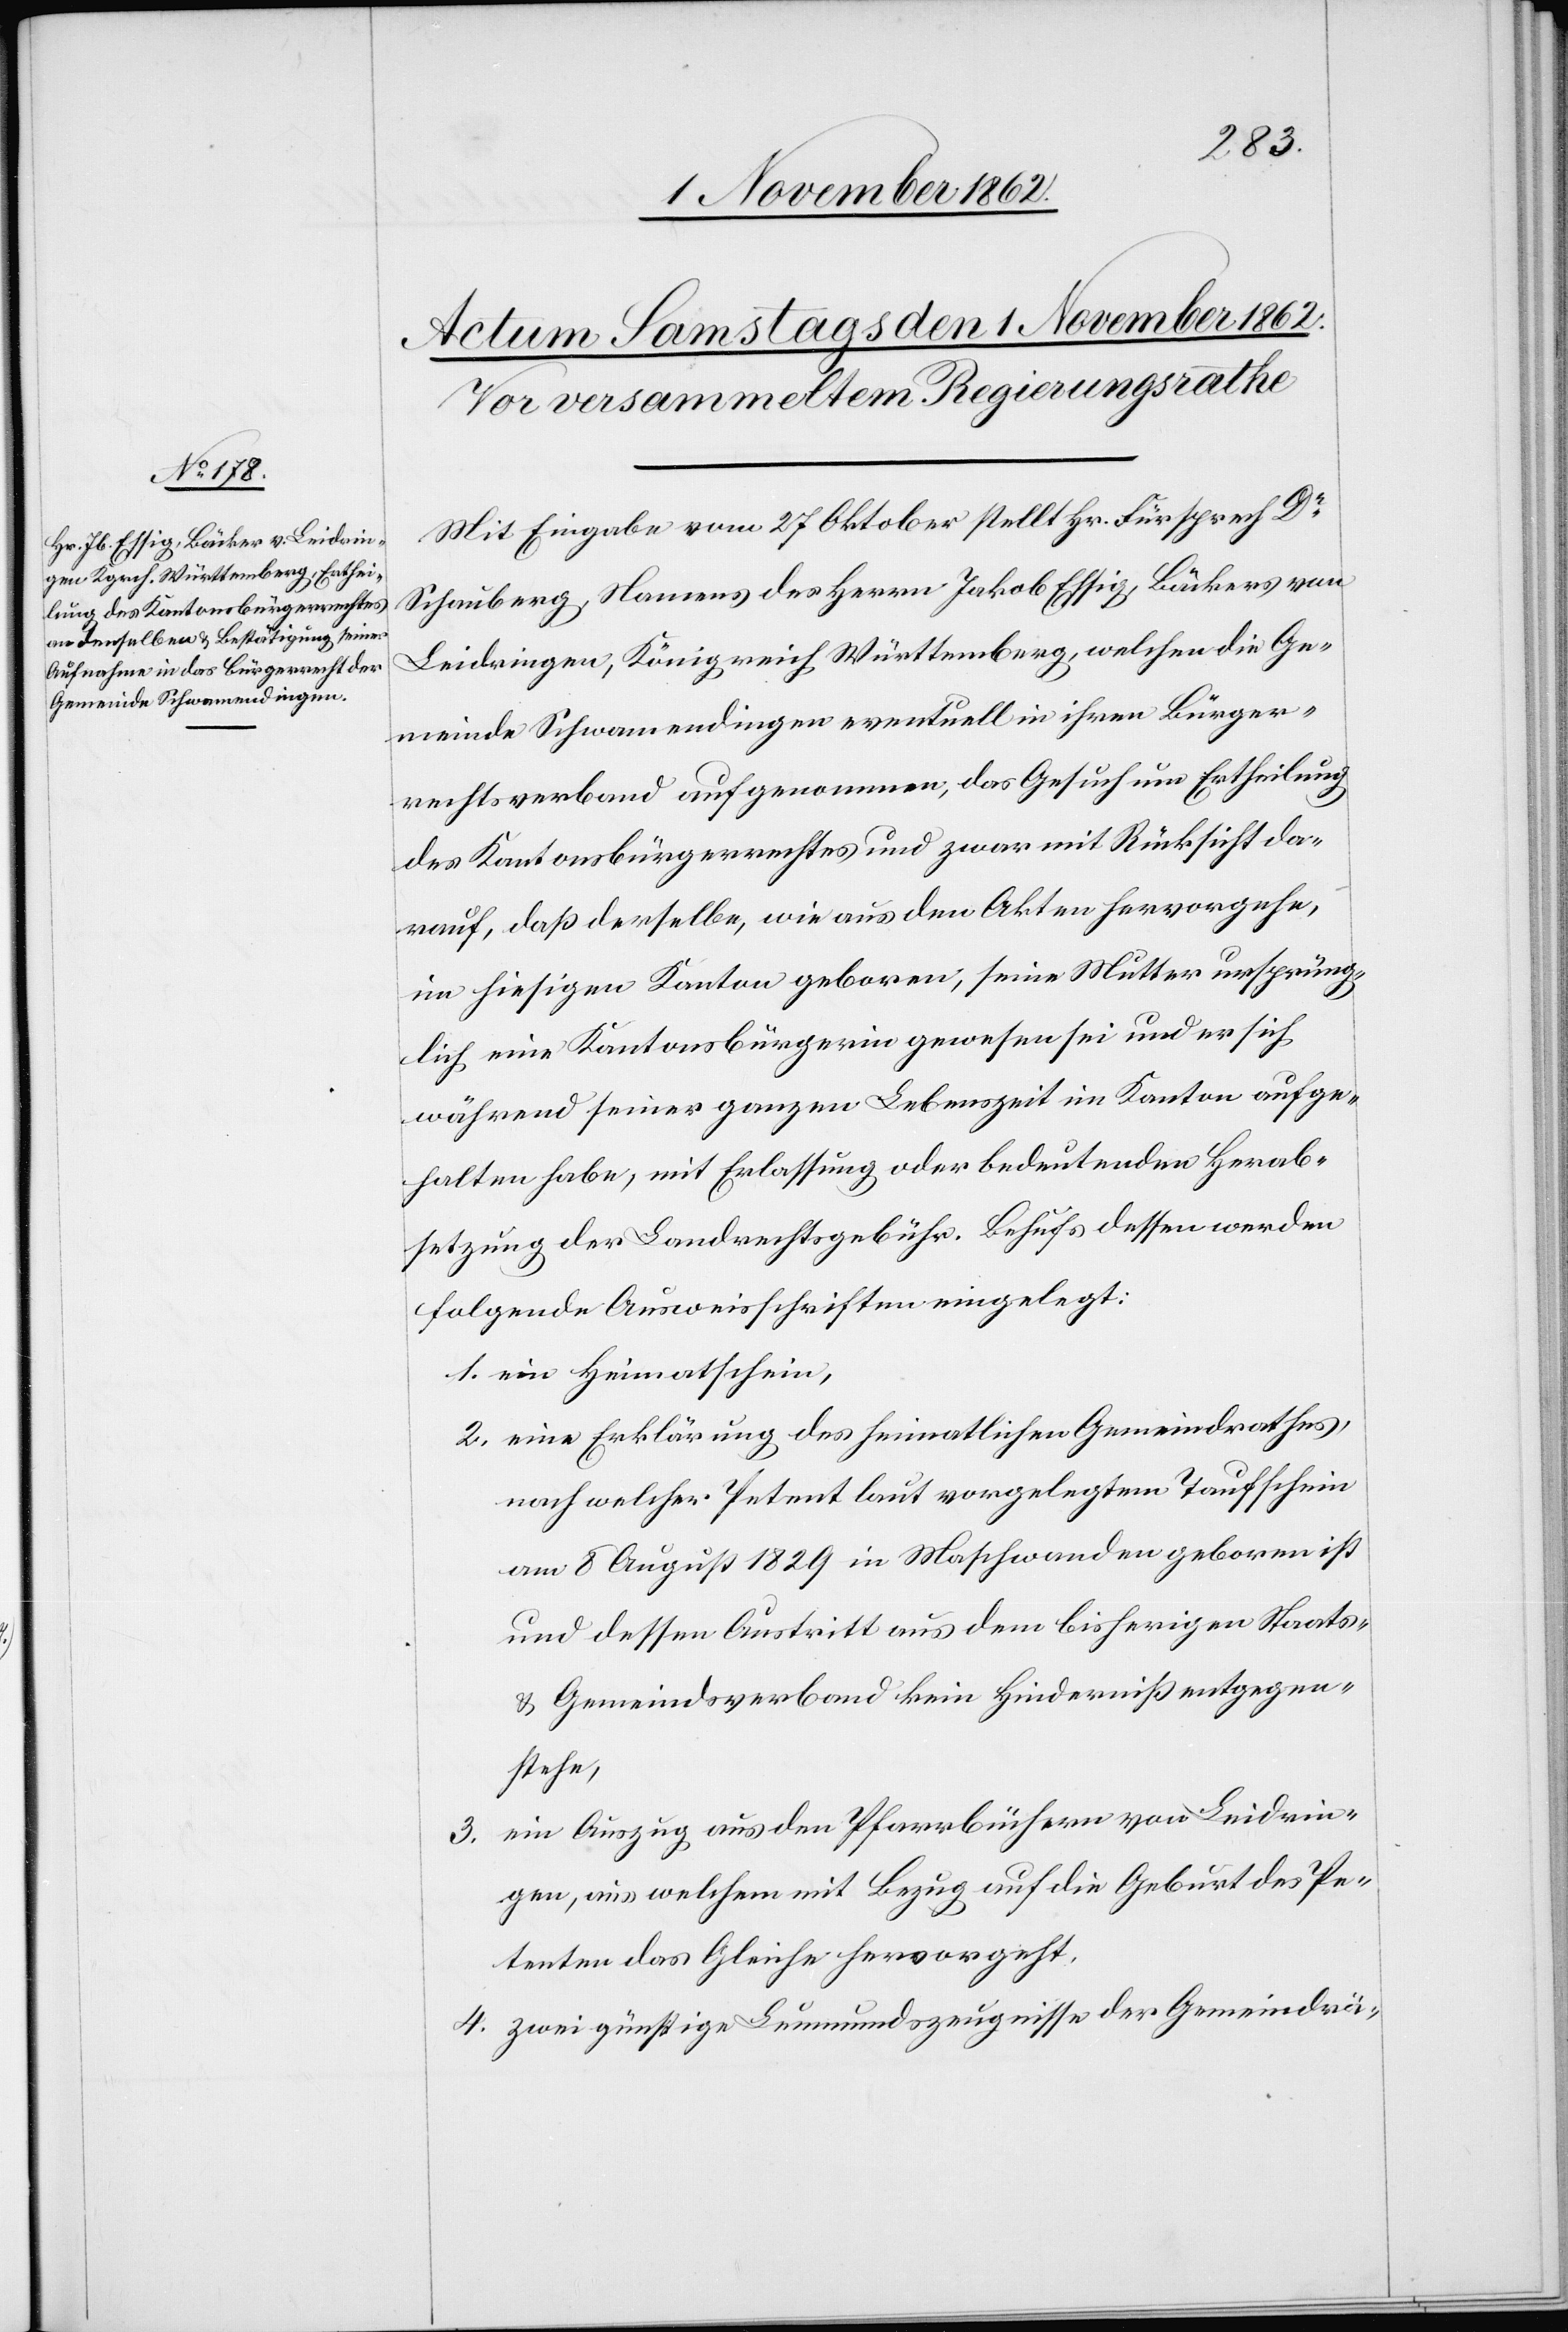
Mit Eingabe vom 27. Oktober stellt Hr. Fürsprech Dr
Schauberg, Namens des Herrn Jakob Essig, Bäckers von
Leidringen, Königreich Württemberg, welchen die Ge¬
meinde Schwamendingen eventuell in ihren Bürger¬
rechtsverband aufgenommen, das Gesuch um Ertheilung
des Kantonsbürgerrechtes und zwar mit Rücksicht da¬
rauf, daß derselbe, wie aus den Akten hervorgehe,
im hiesigen Kanton geboren, seine Mutter ursprüng¬
lich eine Kantonsbürgerin gewesen sei und er sich
während seiner ganzen Lebenszeit im Kanton aufge¬
halten habe, mit Erlassung oder bedeutender Herab¬
setzung der Landrechtsgebühr. Behufs dessen werden
folgende Ausweisschriften eingelegt.
1. ein Heimatschein,
2. eine Erklärung des heimatlichen Gemeindrathes,
nach welcher Petent laut vorgelegtem Taufschein
am 8. August 1829 in Maschwanden geboren ist
und dessen Austritt aus dem bisherigen Staats-
u. Gemeindsverband kein Hinderniß entgegen¬
stehe,
3. ein Auszug aus den Pfarrbüchern von Leidrin¬
gen, aus welchem mit Bezug auf die Geburt des Pe¬
tenten das Gleiche hervorgeht.
4. zwei günstige Lemundszeugnisse der Gemeindrä-